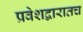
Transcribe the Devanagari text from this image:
प्रवेशद्वारातच